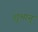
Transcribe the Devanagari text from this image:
शुभान्